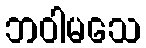
ဘဝါမသေ